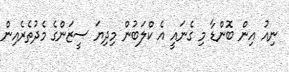
ނިއު އިން ބޮންޑާ މި ގެނައީ އެ ކްލަބުން މިދިޔަ ސީޒަންގެ މެދުތެރެއިން